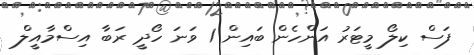
ފަސް ކިލޯ މީޓަރު އަންހެން ބައިން 1 ވަނަ ހޯދީ ރަބާ އިސްމާއީލް